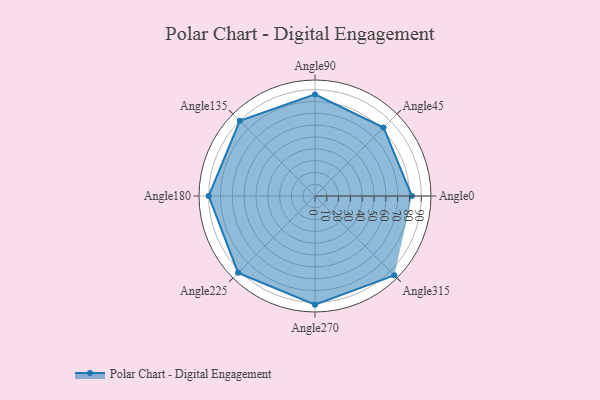
{"axis": {"x": "Angle", "y": "Radius"}, "legend": [""], "data": [{"x": "Angle0", "y": 82.0, "type": ""}, {"x": "Angle45", "y": 82.0, "type": ""}, {"x": "Angle90", "y": 86.0, "type": ""}, {"x": "Angle135", "y": 90.0, "type": ""}, {"x": "Angle180", "y": 90.0, "type": ""}, {"x": "Angle225", "y": 92.0, "type": ""}, {"x": "Angle270", "y": 92.0, "type": ""}, {"x": "Angle315", "y": 95.0, "type": ""}]}